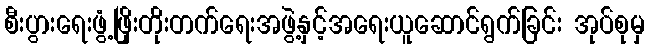
စီးပွားရေးဖွံ့ဖြိုးတိုးတက်ရေးအဖွဲ့နှင့်အရေးယူဆောင်ရွက်ခြင်း အုပ်စုမှ